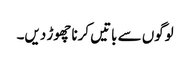
لوگوں سے باتیں کرنا چھوڑ دیں۔